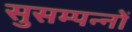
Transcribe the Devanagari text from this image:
सुसम्पन्नों